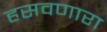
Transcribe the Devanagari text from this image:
हसवणारा